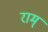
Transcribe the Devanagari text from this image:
राम्‌